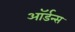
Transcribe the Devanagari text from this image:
ऑर्डन्स